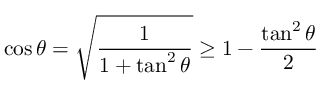
\cos \theta = \sqrt { \frac { 1 } { 1 + \tan ^ { 2 } \theta } } \geq 1 - \frac { \tan ^ { 2 } \theta } { 2 }